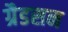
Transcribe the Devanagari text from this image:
ग्रैडसन